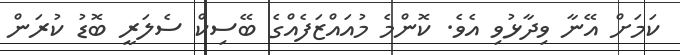
ކަމަށް އޭނާ ވިދާޅުވި އެވެ. ކޮންމެ މުއައްޒަފެއްގެ ބޭސިކް ސެލަރީ ބޮޑު ކުރަން